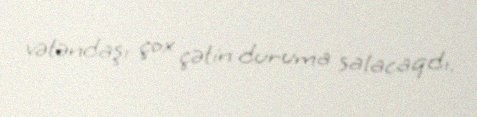
vətəndaşı çox çətin duruma salacaqdı.